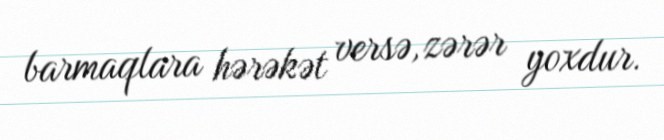
barmaqlara hərəkət versə, zərər yoxdur.